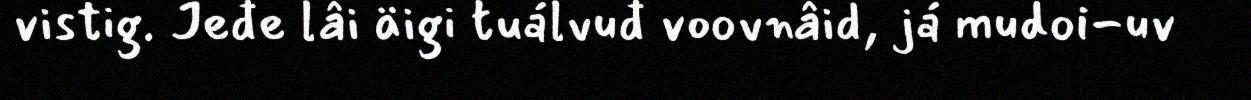
vistig. Jeđe lâi äigi tuálvuđ voovnâid, já mudoi-uv